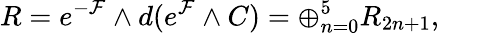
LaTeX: R=e^{-{\cal{F}}}\wedge d(e^{\cal{F}}\wedge C)=\oplus_{n=0}^{5}R_{2n+1},\qquad